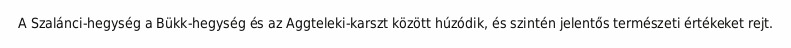
A Szalánci-hegység a Bükk-hegység és az Aggteleki-karszt között húzódik, és szintén jelentős természeti értékeket rejt.